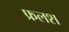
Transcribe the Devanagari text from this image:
फ्रलश